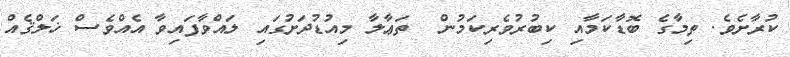
ކުރާށެވެ. ތިމާގެ ބޮޑާކަމާއި ކިބުރުވެރިކަމުން  ތަޢާލާ މިއުޑުދަށުގައި ލައްވާފައިވާ އެއްވެސް ޚަލްޤެއް